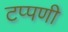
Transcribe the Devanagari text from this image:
टप्पणी